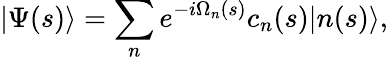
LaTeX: |\Psi(s)\rangle=\sum_{n}e^{-i\Omega_{n}(s)}c_{n}(s)|n(s)\rangle,